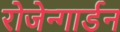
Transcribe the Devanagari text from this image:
रोजेन्गार्डन